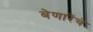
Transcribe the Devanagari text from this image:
बेणारेंचे